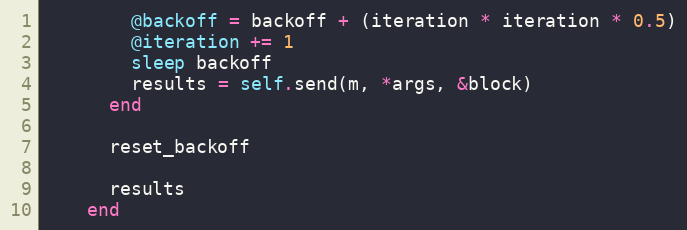
Language: Ruby
        @backoff = backoff + (iteration * iteration * 0.5)
        @iteration += 1
        sleep backoff
        results = self.send(m, *args, &block)
      end

      reset_backoff

      results
    end